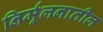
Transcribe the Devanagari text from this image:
निर्मूलनातील